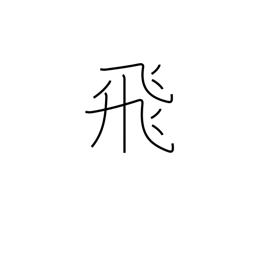
Meaning: skip (pages)